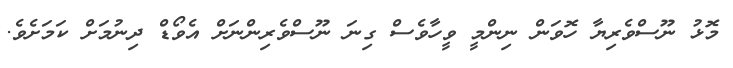
މޮޅު ނޫސްވެރިޔާ ހޮވަން ނިންމީ ވީހާވެސް ގިނަ ނޫސްވެރިންނަށް އެވޯޑް ދިނުމަށް ކަމަށެވެ.